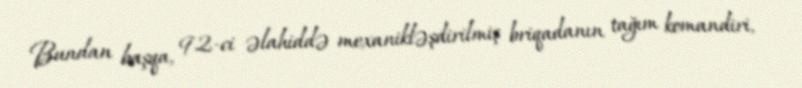
Bundan başqa, 92-ci əlahiddə mexanikləşdirilmiş briqadanın tağım komandiri,